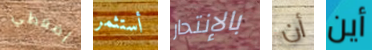
إضغطي أستثمر بالإنتحار أن أين